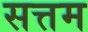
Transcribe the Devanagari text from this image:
सत्तम